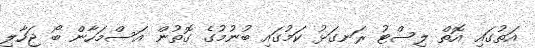
އަތުގައި އޮތް ލިސްޓު ރަނގަޅު ކަމުގައި ބުނުމުގެ ގޮތުން އަސްމަހާން ބޯ ޖަހާލި